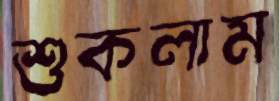
শুকলাম